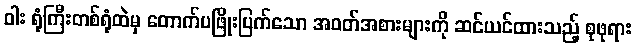
ဝါး ရုံကြီးတစ်ရုံထဲမှ တောက်ပဖြိုးပြက်သော အဝတ်အစားများကို ဆင်ယင်ထားသည့် စုဖုရား